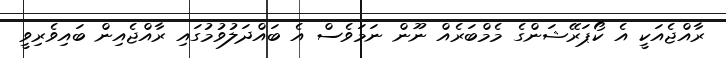
ރާއްޖެއަކީ އެ ކޯޕަރޭޝަންގެ މެމްބަރެއް ނޫން ނަމަވެސް އެ ބައްދަލުވުމުގައި ރާއްޖެއިން ބައިވެރިވީ